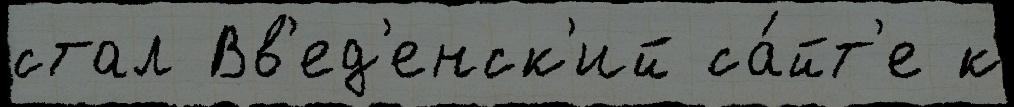
стал Вв'ед'енск'ий са́йт'е к